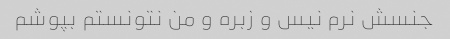
جنسش نرم نیس و زبره و من نتونستم بپوشم